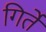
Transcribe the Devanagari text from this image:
गिर्तें